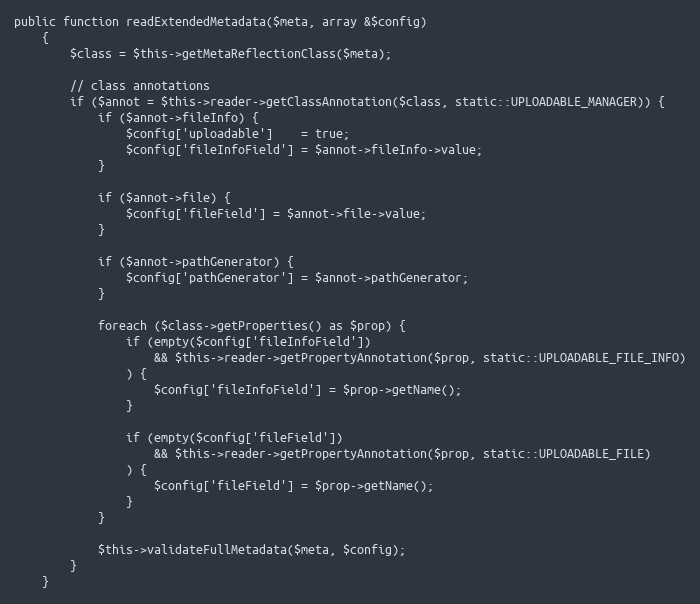
Language: PHP
public function readExtendedMetadata($meta, array &$config)
    {
        $class = $this->getMetaReflectionClass($meta);

        // class annotations
        if ($annot = $this->reader->getClassAnnotation($class, static::UPLOADABLE_MANAGER)) {
            if ($annot->fileInfo) {
                $config['uploadable']    = true;
                $config['fileInfoField'] = $annot->fileInfo->value;
            }

            if ($annot->file) {
                $config['fileField'] = $annot->file->value;
            }

            if ($annot->pathGenerator) {
                $config['pathGenerator'] = $annot->pathGenerator;
            }

            foreach ($class->getProperties() as $prop) {
                if (empty($config['fileInfoField'])
                    && $this->reader->getPropertyAnnotation($prop, static::UPLOADABLE_FILE_INFO)
                ) {
                    $config['fileInfoField'] = $prop->getName();
                }

                if (empty($config['fileField'])
                    && $this->reader->getPropertyAnnotation($prop, static::UPLOADABLE_FILE)
                ) {
                    $config['fileField'] = $prop->getName();
                }
            }

            $this->validateFullMetadata($meta, $config);
        }
    }